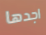
اجدها